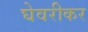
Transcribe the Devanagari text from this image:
घेवरीकर